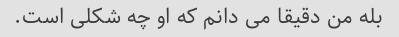
بله من دقیقا می دانم که او چه شکلی است.